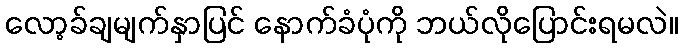
လော့ခ်ချမျက်နှာပြင် နောက်ခံပုံကို ဘယ်လိုပြောင်းရမလဲ။